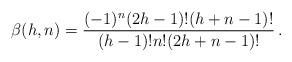
LaTeX: \begin{align*}\beta(h,n)={(-1)^n(2h-1)!(h+n-1)!\over (h-1)!n!(2h+n-1)!}\,.\end{align*}